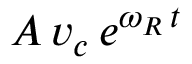
A \, v _ { c } \, e ^ { \omega _ { R } \, t }